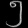
Digit: ၅